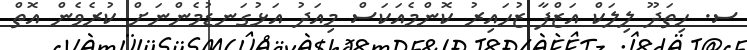
ސ. ހިތަދޫ ލިލަކް އަޒްފާ ޒުހައިރު ކޮންމެއަކަސް މިއަދު އަޅުގަނޑުމެންނަށް ކުރެވެން އޮތް